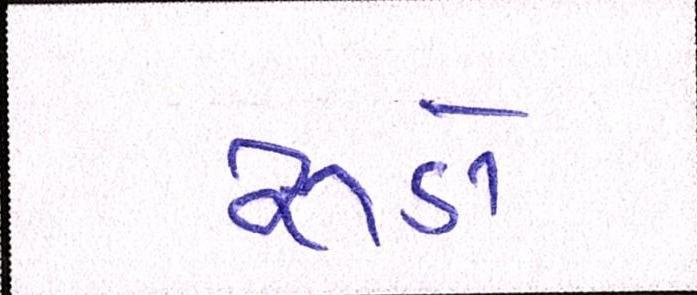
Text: રૂડો